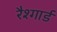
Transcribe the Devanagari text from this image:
रैश्गार्ड